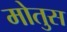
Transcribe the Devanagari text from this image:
मोतुस